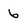
Character: 6